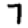
Digit: 7